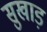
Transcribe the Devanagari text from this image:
सुखाड़